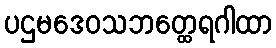
ပဌမဒေဝသဘတ္ထေရဂါထာ